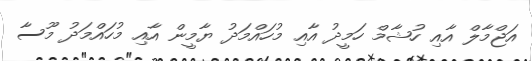
އަޖްމާލް އާއި ހުޝާމް ހަމީދު އާއި މުހައްމަދު ޔާމީން އާއި މުހައްމަދު މޫސާ